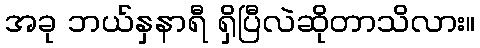
အခု ဘယ်နှနာရီ ရှိပြီလဲဆိုတာသိလား။